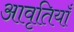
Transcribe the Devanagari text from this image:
आवृतियाँ